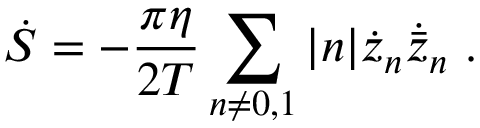
\dot { S } = - { \frac { \pi \eta } { 2 T } } \sum _ { n \neq 0 , 1 } | n | \dot { z } _ { n } \dot { \bar { z } } _ { n } \ .